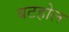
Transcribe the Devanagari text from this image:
बटहोल